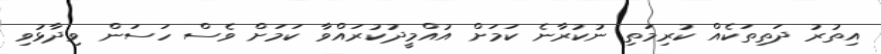
އިތުރު ދަތިތަކެއް ކުރިމަތި ނުކުރާނެ ކަމަށް އުއްމީދުކުރައްވާ ކަމަށް ވެސް ހަސަން ވިދާޅުވި